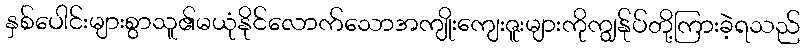
နှစ်ပေါင်းများစွာသူ၏မယုံနိုင်လောက်သောအကျိုးကျေးဇူးများကိုကျွန်ုပ်တို့ကြားခဲ့ရသည်